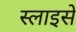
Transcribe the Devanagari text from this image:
स्लाइसें